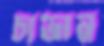
চাভান